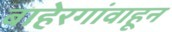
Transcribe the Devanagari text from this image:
बाहेरगांवाहून